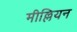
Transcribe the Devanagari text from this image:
मील्लियन